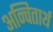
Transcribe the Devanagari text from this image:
अन्वितार्थ